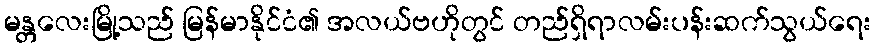
မန္တလေးမြို့သည် မြန်မာနိုင်ငံ၏ အလယ်ဗဟိုတွင် တည်ရှိရာလမ်းပန်းဆက်သွယ်ရေး